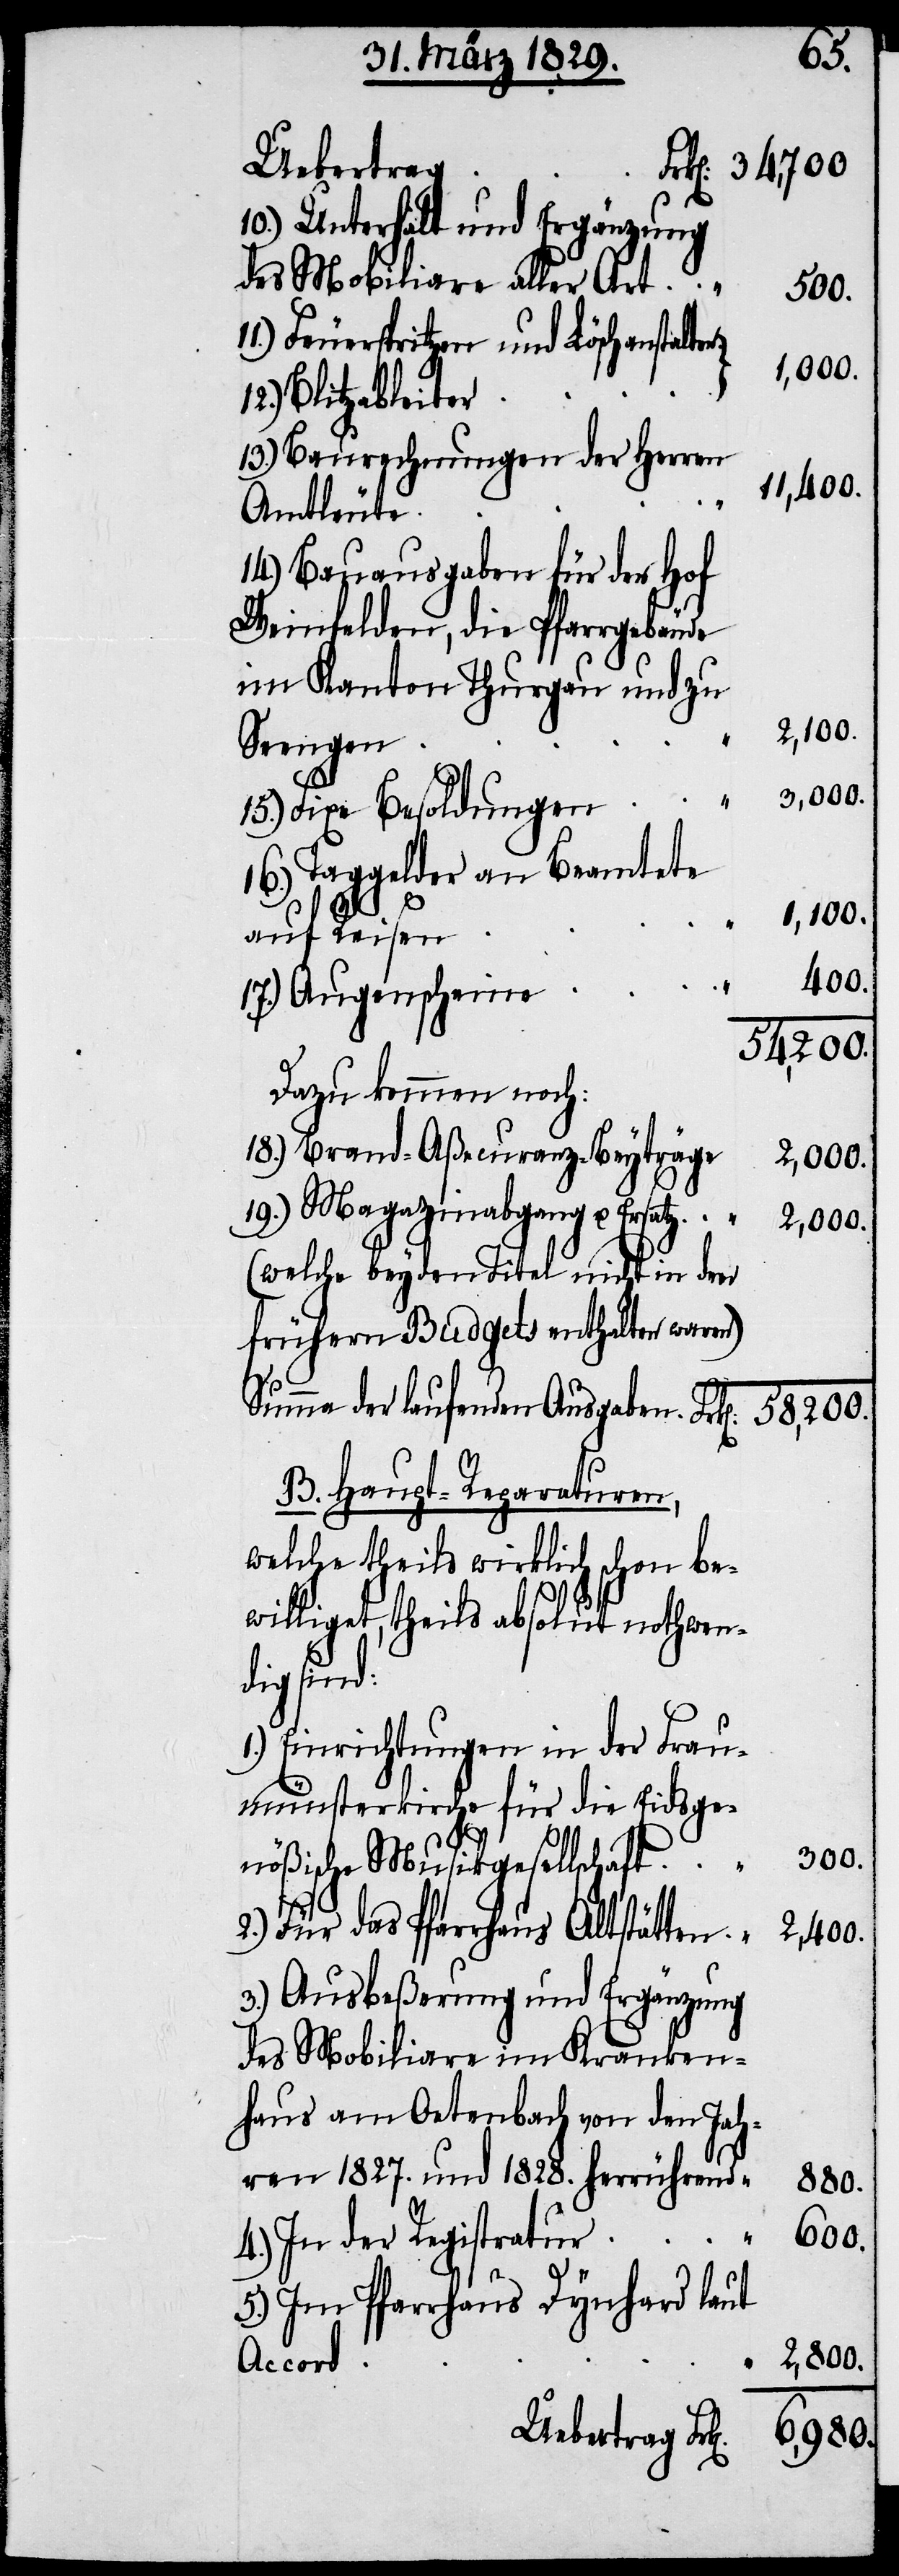
Uebertrag
10.) Unterhalt und Ergänzung
des Mobiliare aller Art
500.
Feuerspritzen und Löschanstalten
1,000.
12.) Blitzableiter
13.) Baurechnungen der Herren
11,400.
Amtleute
14.) Bauausgaben für den Hof
Weinfelden, die Pfarrgebäude
im Kanton Thurgau und zu
2,100.
Seengen
15.) Fixe Besoldungen
16.) Taggelder an Beamtete
11.)
1,100.
auf Reisen
400.
17.) Augenscheine
58,200.
Dazu kommen noch:
18.) Brand-Aßecuranz-Beyträge
2,000
19.) Magazinabgang u.
2,800.
(welche beyden Titel nicht in den
frühern Budgets enthalten waren)
Summa der laufenden Ausgaben.
B. Haupt-Reparaturen,
welche theils wirklich schon be¬
willigt, theils absolut nothwen¬
dig sind:
1.) Einrichtungen in der Frau¬
münsterkirche für die Eidsge¬
3,000.
nößische Musikgesellschaft
2.) Für das Pfarrhaus Altstätten
2,400.
3.) Ausbeßerung und Ergänzung
des Mobiliare im Kranken¬
haus am Oetenbach von den Jah¬
ren 1827. und 1828. herrührend
880.
600.
4.) In der Registratur
5.) Im Pfarrhaus Dynhard laut
Accord